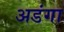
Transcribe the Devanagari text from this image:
अडंगा